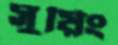
সুয়িং